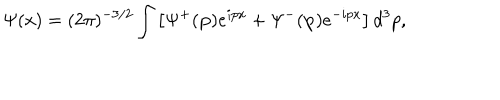
LaTeX: \Psi ( x ) = ( 2 \pi ) ^ { - 3 / 2 } \int \left[ \Psi ^ { + } ( \mathbf { p } ) e ^ { i p x } + \Psi ^ { - } ( \mathbf { p } ) e ^ { - i p x } \right] d ^ { 3 } p ,